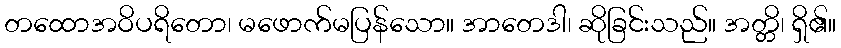
တထောအဝိပရိတော၊ မဖောက်မပြန်သော။ အာတေဒါ၊ ဆိုခြင်းသည်။ အတ္တိ၊ ရှိ၏။